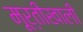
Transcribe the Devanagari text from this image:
मूर्तीखाली